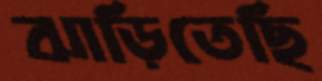
ঝাড়িতেছি